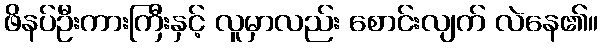
ဖိနပ်ဦးကားကြီးနှင့် လူမှာလည်း စောင်းလျက် လဲနေ၏။